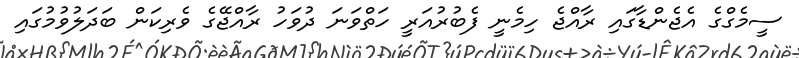
ސީމެގްގެ އެޖެންޑާގައި ރާއްޖެ ހިމެނީ ފެބުރުއަރީ ހަތްވަނަ ދުވަހު ރާއްޖޭގެ ވެރިކަން ބަދަލުވުމުގައި